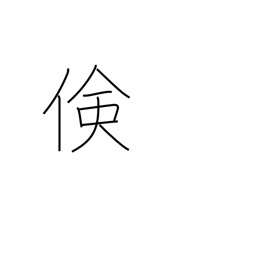
Meaning: economy